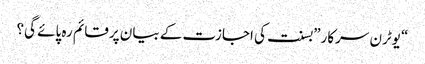
“یوٹرن سرکار”بسنت کی اجازت کے بیان پرقائم رہ پائے گی؟